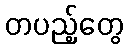
တပည့်တွေ